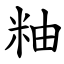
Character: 粙